Lunatic asylums United Provinces 1899-1908 - 1899-1908
Year: 1899
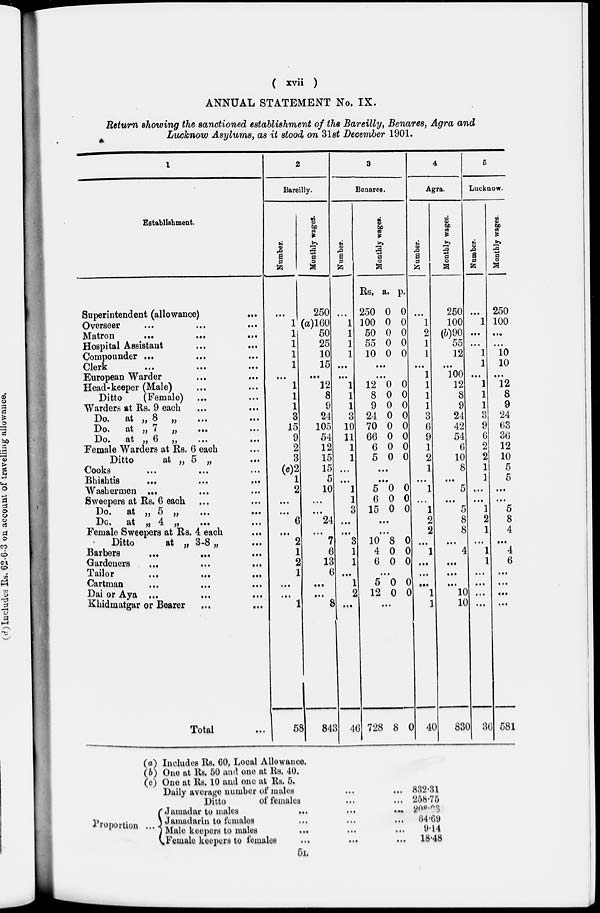
( xvii )
ANNUAL STATEMENT No. IX.
Return showing the sanctioned establishment of the Bareilly, Benares, Agra and
Lucknow Asylums, as it stood on 31st December 1901.
1
Establishment.
Superintendent (allowance) ...
Overseer ... ... ...
Matron
...
...
...
Hospital Assistant
...
...
Compounder ... ... ...
Clerk
...
...
...
European Warder ... ...
Head-keeper (Male) ... ...
Ditto
(Female) ... ...
Warders at Rs. 9 each ... ...
Do.
at „ 8 „
...
...
...
Do.
at
„
7
„
...
...
Do. at „ 6 „
...
...
Female Warders at Rs. 6 each ...
Ditto
at „ 5 „ ...
Cooks
...
...
...
Bhishtis ... ... ...
Washermen ... ... ...
Sweepers at Rs. 6 each ... ...
Do.
at
„
5
„
...
...
Do.
at
„
4
„
...
...
Female Sweepers at Rs. 4 each ...
Ditto
at „ 3-8 „ ...
Barbers ... ... ...
Gardeners
...
...
...
Tailor ... ... ...
Cartman ... ... ...
Dai or Aya ... ... ...
Khidmatgar or Bearer ... ...
Total ...
2
Bareilly.
Number.
...
1
1
1
1
1
...
1
1
1
3
15
9
2
3
(c)2
1
2
...
...
6
...
2
1
2
1
...
...
1
58
Monthly wages.
250
(a)160
50
25
10
15
...
12
8
9
24
105
54
12
15
15
5
10
...
...
24
...
7
6
13
6
...
...
8
843
3
Benares.
Number.
...
1
1
1
1
...
...
1
1
1
3
10
11
1
1
...
...
1
1
3
...
...
3
1
1
...
1
2
...
46
Monthly wages.
Rs.
250
100
50
55
10
a.
0
0
0
0
0
p.
0
0
0
0
0
...
...
12
8
9
24
70
66
6
5
0
0
0
0
0
0
0
0
0
0
0
0
0
0
0
0
...
...
5
6
15
0
0
0
0
0
0
...
...
10
4
6
8
0
0
0
0
0
...
5
12
0
0
0
0
...
728 8
0
4
Agra.
Number.
...
1
2
1
1
...
1
1
1
1
3
6
9
1
2
1
...
1
...
1
2
2
...
1
...
...
...
1
1
40
Monthly wages.
250
100
(b)90
55
12
...
100
12
8
9
24
42
54
6
10
8
...
5
...
5
8
8
...
4
...
...
...
10
10
830
5
Lucknow.
Number.
...
1
...
...
1
1
...
1
1
1
3
9
6
2
2
1
1
...
...
1
2
1
...
1
1
...
...
...
...
36
Monthly wages.
250
100
...
...
10
10
...
12
8
9
24
63
36
12
10
5
5
...
...
5
8
4
...
4
6
...
...
...
...
581
Proportion
(a) Includes Rs. 60, Local Allowance.
(b) One at Rs. 50 and one at Rs, 40.
(c) One at Rs. 10 and one at Rs. 5.
Daily average number of males
Ditto
of females
Jamadar to males
...
Jamadarin to females
Male keepers to males
Female keepers to females
... ... ...
832.31
258.75
208.03
64.69
9.14
18.48
5L